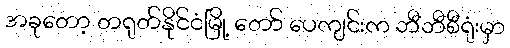
အခုတော့ တရုတ်နိုင်ငံမြို့ တော် ပေကျင်းက ဘီဘီစီရုံးမှာ